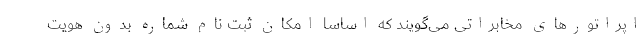
اپراتورهای مخابراتی می‌گویند که اساسا امکان ثبت نام شماره بدون هویت